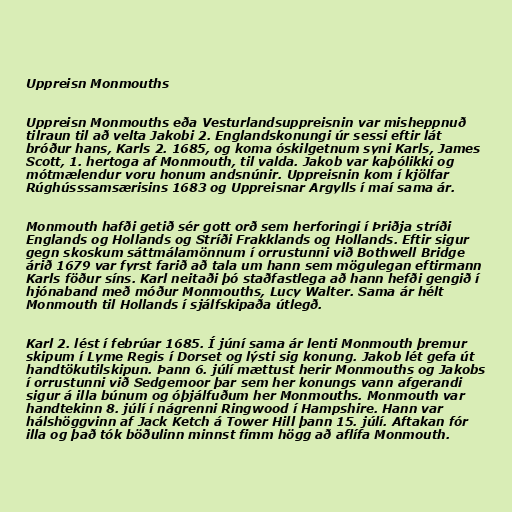
Uppreisn Monmouths

Uppreisn Monmouths eða Vesturlandsuppreisnin var misheppnuð
tilraun til að velta Jakobi 2. Englandskonungi úr sessi eftir lát
bróður hans, Karls 2. 1685, og koma óskilgetnum syni Karls, James
Scott, 1. hertoga af Monmouth, til valda. Jakob var kaþólikki og
mótmælendur voru honum andsnúnir. Uppreisnin kom í kjölfar
Rúghússsamsærisins 1683 og Uppreisnar Argylls í maí sama ár.

Monmouth hafði getið sér gott orð sem herforingi í Þriðja stríði
Englands og Hollands og Stríði Frakklands og Hollands. Eftir sigur
gegn skoskum sáttmálamönnum í orrustunni við Bothwell Bridge
árið 1679 var fyrst farið að tala um hann sem mögulegan eftirmann
Karls föður síns. Karl neitaði þó staðfastlega að hann hefði gengið í
hjónaband með móður Monmouths, Lucy Walter. Sama ár hélt
Monmouth til Hollands í sjálfskipaða útlegð.

Karl 2. lést í febrúar 1685. Í júní sama ár lenti Monmouth þremur
skipum í Lyme Regis í Dorset og lýsti sig konung. Jakob lét gefa út
handtökutilskipun. Þann 6. júlí mættust herir Monmouths og Jakobs
í orrustunni við Sedgemoor þar sem her konungs vann afgerandi
sigur á illa búnum og óþjálfuðum her Monmouths. Monmouth var
handtekinn 8. júlí í nágrenni Ringwood í Hampshire. Hann var
hálshöggvinn af Jack Ketch á Tower Hill þann 15. júlí. Aftakan fór
illa og það tók böðulinn minnst fimm högg að aflífa Monmouth.